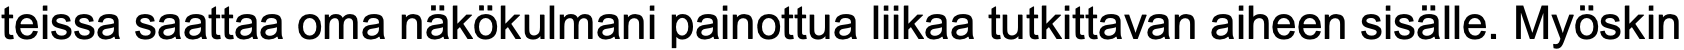
teissa saattaa oma näkökulmani painottua liikaa tutkittavan aiheen sisälle. Myöskin